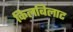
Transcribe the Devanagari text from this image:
किलबिलाट